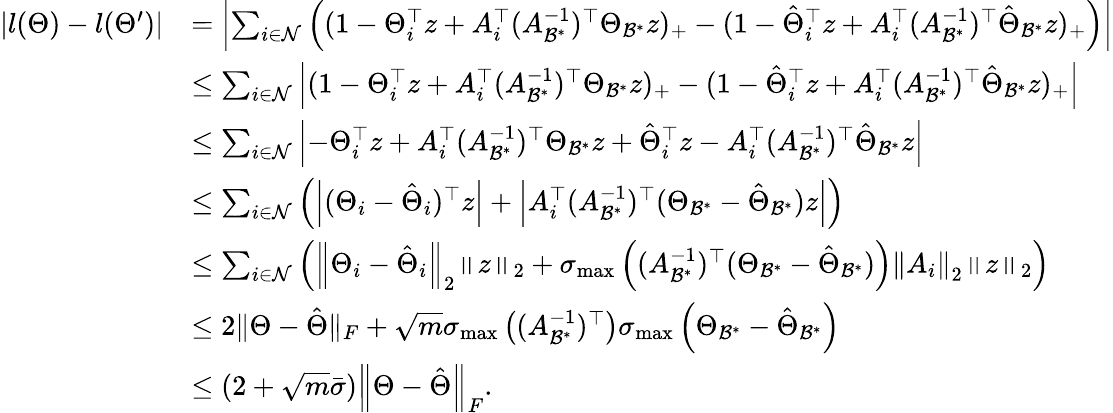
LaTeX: \begin{array}{rl}{|l({\Theta})-l({\Theta}^{\prime})|}&{=\left|\sum_{i\in\mathcal{N}}\left((1-{\Theta}_{i}^{\top}{z}+{A}_{i}^{\top}({A}_{\mathcal{B}^{*}}^{-1})^{\top}{\Theta}_{\mathcal{B}^{*}}{z})_{+}-(1-\hat{{\Theta}}_{i}^{\top}{z}+{A}_{i}^{\top}({A}_{\mathcal{B}^{*}}^{-1})^{\top}\hat{{\Theta}}_{\mathcal{B}^{*}}{z})_{+}\right)\right|}\\ &{\leq\sum_{i\in\mathcal{N}}\left|(1-{\Theta}_{i}^{\top}{z}+{A}_{i}^{\top}({A}_{\mathcal{B}^{*}}^{-1})^{\top}{\Theta}_{\mathcal{B}^{*}}{z})_{+}-(1-\hat{{\Theta}}_{i}^{\top}{z}+{A}_{i}^{\top}({A}_{\mathcal{B}^{*}}^{-1})^{\top}\hat{{\Theta}}_{\mathcal{B}^{*}}{z})_{+}\right|}\\ &{\leq\sum_{i\in\mathcal{N}}\left|-{\Theta}_{i}^{\top}{z}+{A}_{i}^{\top}({A}_{\mathcal{B}^{*}}^{-1})^{\top}{\Theta}_{\mathcal{B}^{*}}{z}+\hat{{\Theta}}_{i}^{\top}{z}-{A}_{i}^{\top}({A}_{\mathcal{B}^{*}}^{-1})^{\top}\hat{{\Theta}}_{\mathcal{B}^{*}}{z}\right|}\\ &{\leq\sum_{i\in\mathcal{N}}\left(\left|({\Theta}_{i}-\hat{{\Theta}}_{i})^{\top}{z}\right|+\left|{A}_{i}^{\top}({A}_{\mathcal{B}^{*}}^{-1})^{\top}({\Theta}_{\mathcal{B}^{*}}-\hat{{\Theta}}_{\mathcal{B}^{*}}){z}\right|\right)}\\ &{\leq\sum_{i\in\mathcal{N}}\left(\left\| {\Theta}_{i}-\hat{{\Theta}}_{i}\right\| _{2}\left\| {z}\right\| _{2}+\sigma_{\operatorname*{max}}\left(({A}_{\mathcal{B}^{*}}^{-1})^{\top}({\Theta}_{\mathcal{B}^{*}}-\hat{{\Theta}}_{\mathcal{B}^{*}})\right)\left\| {A}_{i}\right\| _{2}\left\| {z}\right\| _{2}\right)}\\ &{\leq 2\| {\Theta}-\hat{\Theta}\| _{F}+\sqrt{m}\sigma_{\operatorname*{max}}\left(({A}_{\mathcal{B}^{*}}^{-1})^{\top}\right)\sigma_{\operatorname*{max}}\left({\Theta}_{\mathcal{B}^{*}}-\hat{{\Theta}}_{\mathcal{B}^{*}}\right)}\\ &{\leq(2+\sqrt{m}\bar{\sigma})\left\| {\Theta}-\hat{{\Theta}}\right\| _{F}.}\end{array}